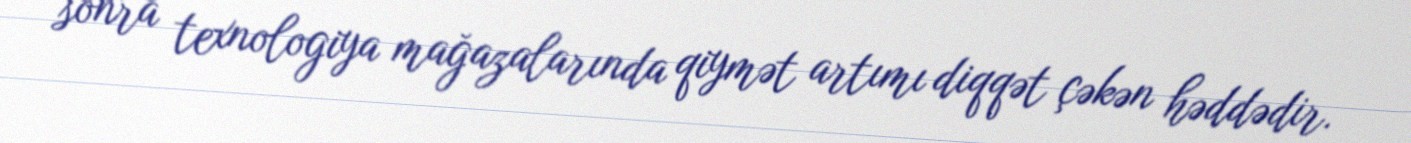
sonra texnologiya mağazalarında qiymət artımı diqqət çəkən həddədir.